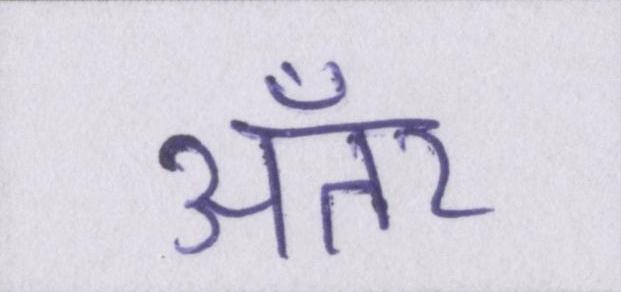
अँतर